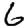
Digit: 6